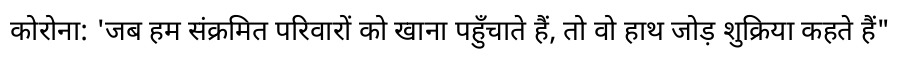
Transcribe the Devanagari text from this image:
कोरोना: 'जब हम संक्रमित परिवारों को खाना पहुँचाते हैं, तो वो हाथ जोड़ शुक्रिया कहते हैं"